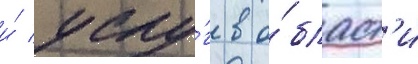
и́ услу́г в о́бласт'и